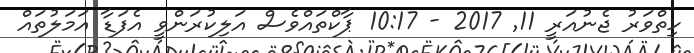
ހިތްވަރު ޖެނުއަރީ 11